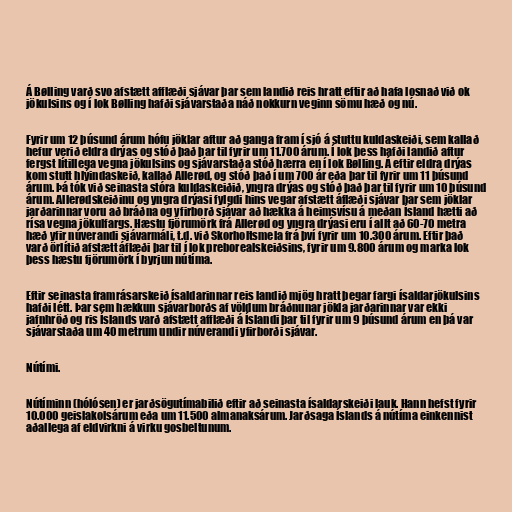
Á Bølling varð svo afstætt afflæði sjávar þar sem landið reis hratt eftir að hafa losnað við ok
jökulsins og í lok Bølling hafði sjávarstaða náð nokkurn veginn sömu hæð og nú.

Fyrir um 12 þúsund árum hófu jöklar aftur að ganga fram í sjó á stuttu kuldaskeiði, sem kallað
hefur verið eldra drýas og stóð það þar til fyrir um 11.700 árum. Í lok þess hafði landið aftur
fergst lítillega vegna jökulsins og sjávarstaða stóð hærra en í lok Bølling. Á eftir eldra drýas
kom stutt hlýindaskeið, kallað Allerød, og stóð það í um 700 ár eða þar til fyrir um 11 þúsund
árum. Þá tók við seinasta stóra kuldaskeiðið, yngra drýas og stóð það þar til fyrir um 10 þúsund
árum. Allerødskeiðinu og yngra drýasi fylgdi hins vegar afstætt áflæði sjávar þar sem jöklar
jarðarinnar voru að bráðna og yfirborð sjávar að hækka á heimsvísu á meðan Ísland hætti að
rísa vegna jökulfargs. Hæstu fjörumörk frá Allerød og yngra drýasi eru í allt að 60-70 metra
hæð yfir núverandi sjávarmáli, t.d. við Skorholtsmela frá því fyrir um 10.300 árum. Eftir það
varð örlítið afstætt áflæði þar til í lok preborealskeiðsins, fyrir um 9.800 árum og marka lok
þess hæstu fjörumörk í byrjun nútíma.

Eftir seinasta framrásarskeið ísaldarinnar reis landið mjög hratt þegar fargi ísaldarjökulsins
hafði létt. Þar sem hækkun sjávarborðs af völdum bráðnunar jökla jarðarinnar var ekki
jafnhröð og ris Íslands varð afstætt afflæði á Íslandi þar til fyrir um 9 þúsund árum en þá var
sjávarstaða um 40 metrum undir núverandi yfirborði sjávar.

Nútími.

Nútíminn (hólósen) er jarðsögutímabilið eftir að seinasta ísaldarskeiði lauk. Hann hefst fyrir
10.000 geislakolsárum eða um 11.500 almanaksárum. Jarðsaga Íslands á nútíma einkennist
aðallega af eldvirkni á virku gosbeltunum.